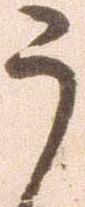
う